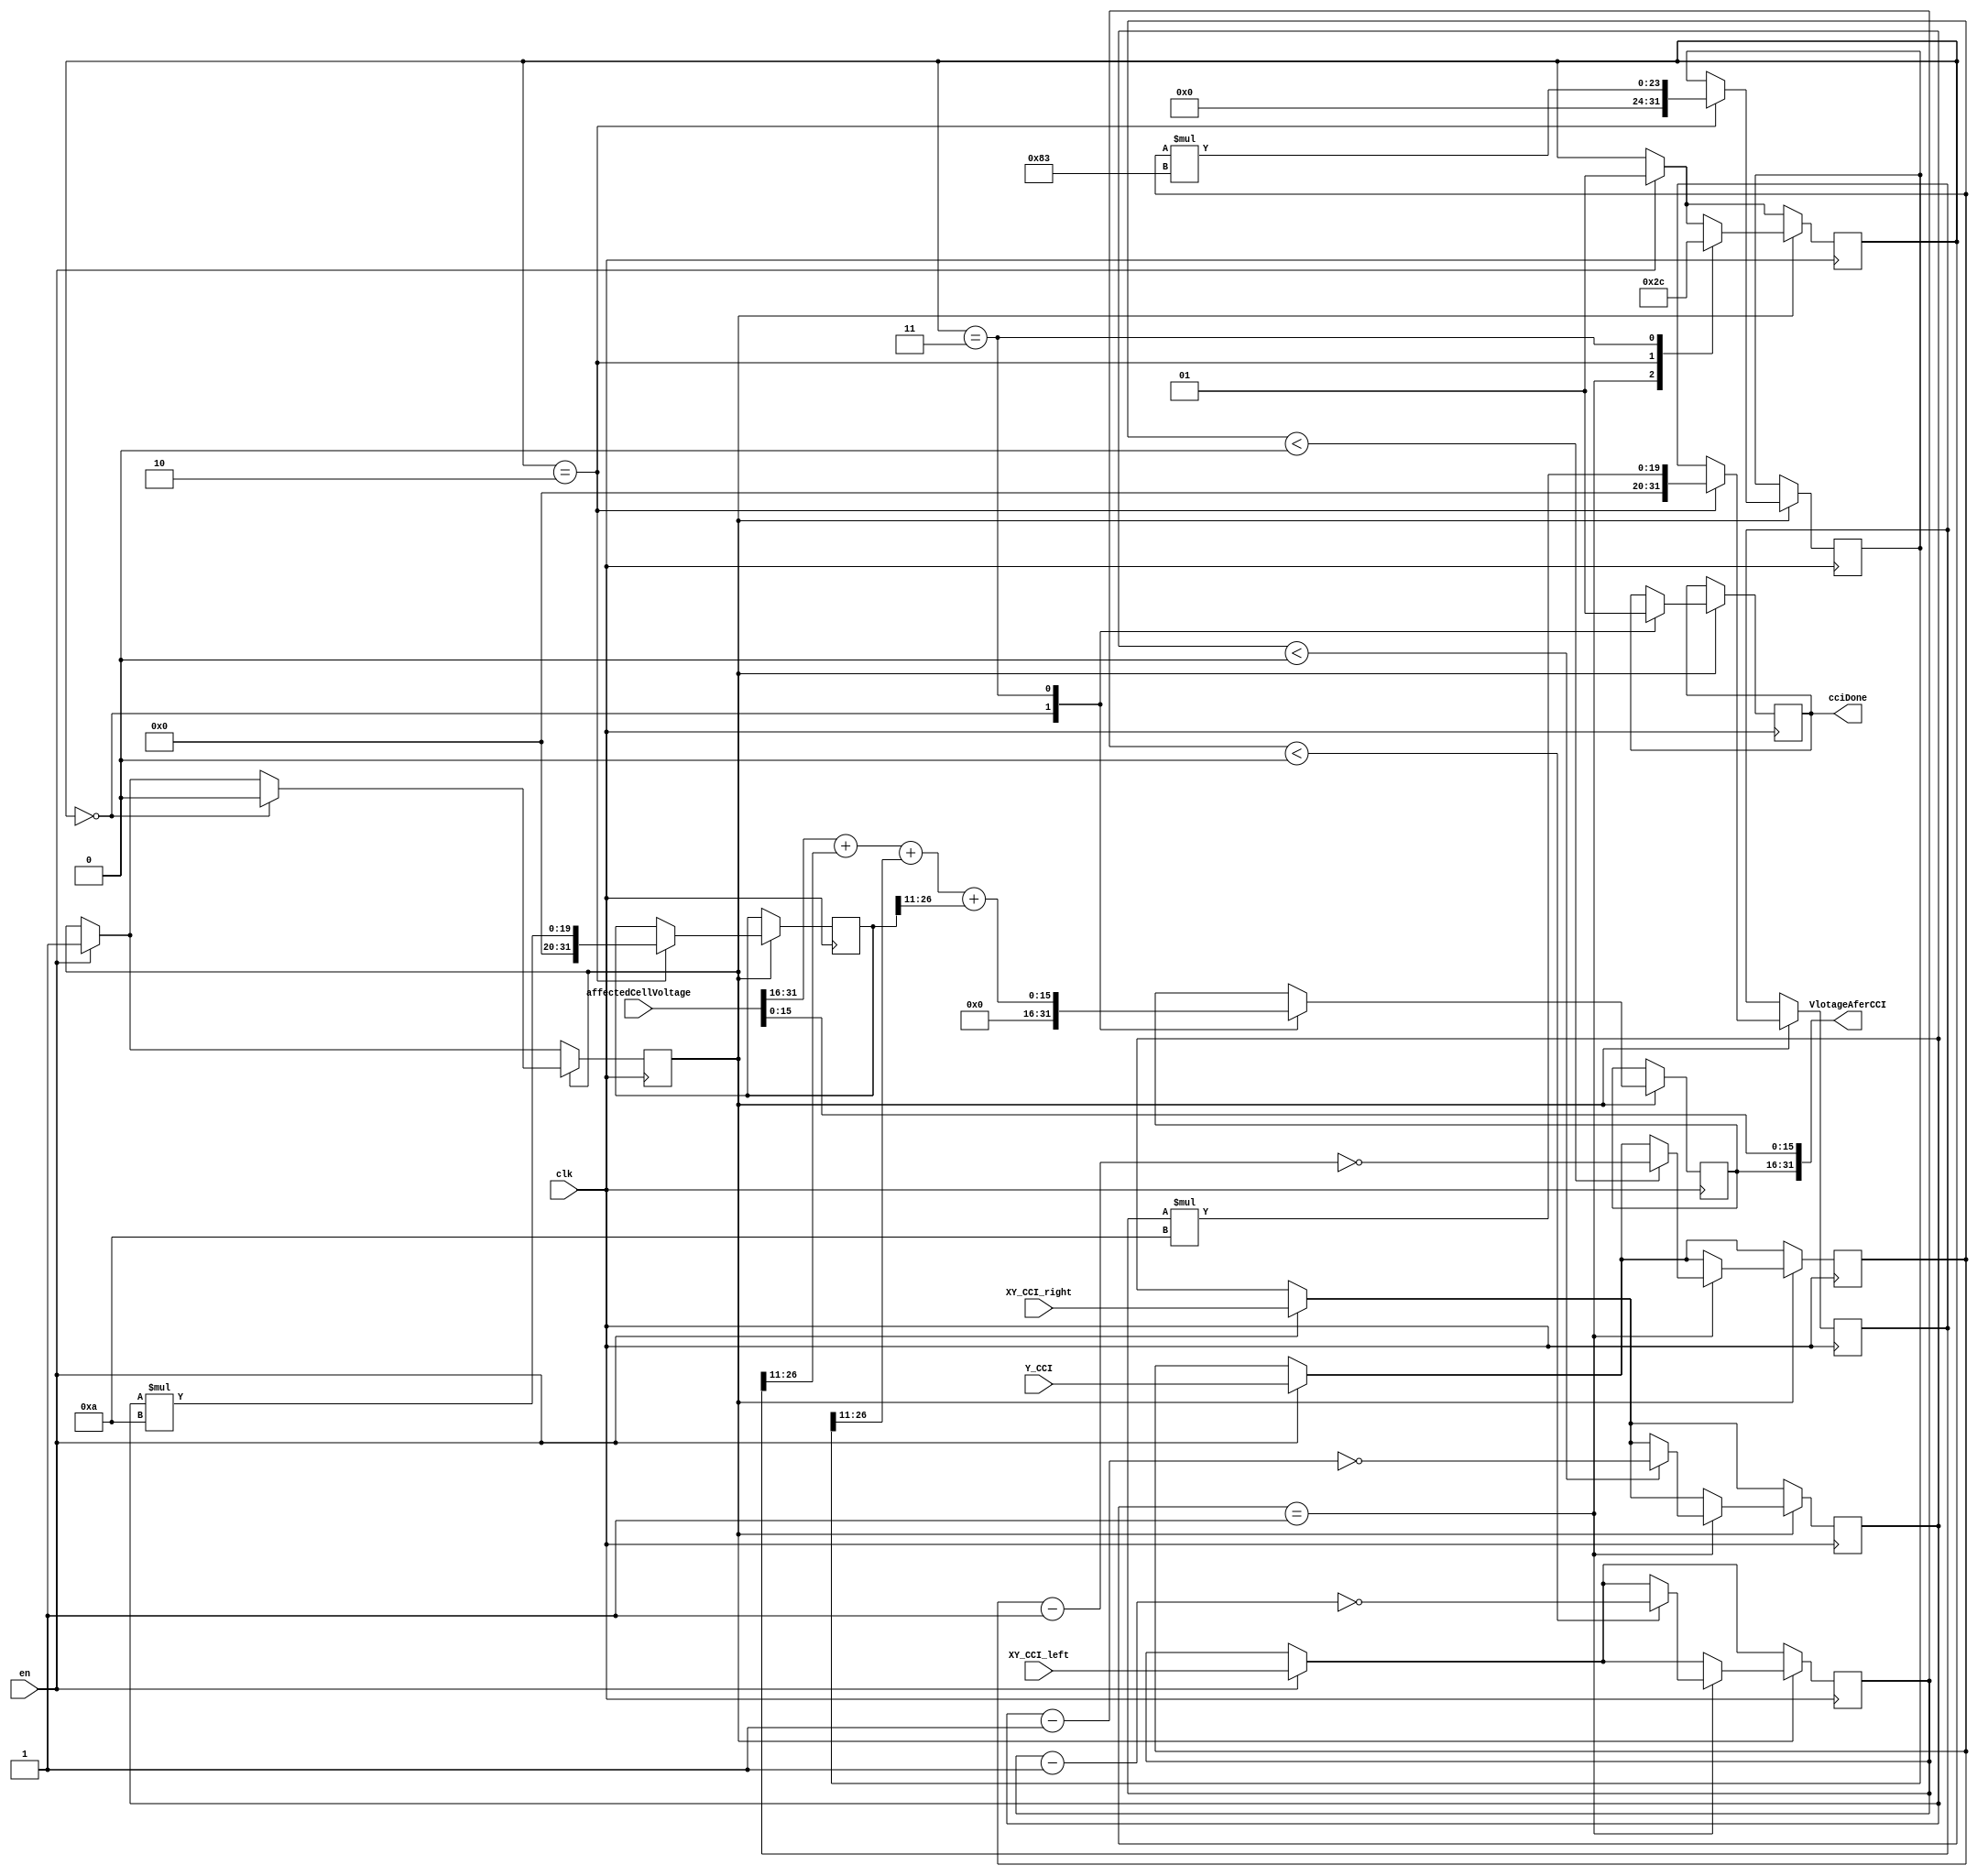
`timescale 1ns / 1ps
//////////////////////////////////////////////////////////////////////////////////
// Company: 
// Engineer: 
// 
// Design Name: 
// Module Name:    CCI_distortion 
// Project Name:   NVMChannelModel
// Target Devices: 
// Tool versions: 
// Description:   ** input **
//						1. 32bits target cell voltage
//                2. All bit line structure, every cell affected by 3 direction interference mainly( vertical x1 and diagonal x2 )
//						3. The XY_CCI_left, XY_CCI_right, Y_CCI are the delta voltage from diagonal and vertical direction of the interfering cell
//                ** output **
//                1. Vlotage after cell-to-cell interference 
//						2. 32bits Output includes 16bits voltage and 16bits origin voltage before cci.
//						3. cciDone is a flag message.  
// Dependencies: 
//
// Revision: 
// Revision 0.01 - File Created
// Additional Comments: 
//
//////////////////////////////////////////////////////////////////////////////////
module CCI_distortion(
    input 				clk,
    input 				en,
    input 	[31:0]	affectedCellVoltage,
	 
    input 	[15:0]	XY_CCI_left,
    input 	[15:0]	Y_CCI,
    input 	[15:0]	XY_CCI_right,
	 
    output 	[31:0]	VlotageAferCCI,
	 output  			cciDone
    );
	 
	 
	 parameter sigmaY = 15'd131	;			// 0.064  * (2^11) = 131.072
	 parameter sigmaXY = 15'd10	;			//	0.0048 * (2^11) = 9.8304
	 
	 reg									startCCI=0;
	 reg		signed		[15:0]	absDeltaValueXY1;
	 reg		signed		[15:0]	absDeltaValueY;
	 reg		signed		[15:0]	absDeltaValueXY2;
	 reg						[31:0]	V_tmp1;
	 reg						[31:0]	V_tmp2;
	 reg						[31:0]	V_tmp3;
	 reg						[1:0]		state;
	 
	 reg						[15:0]   VlotageAferCCI_tmp;	
	 reg									cciDoneFlag;
		
	
	always @( posedge clk )
	begin
		if(en)
		begin
			startCCI 			<= 1'b1;
			absDeltaValueXY1 	<= XY_CCI_left;
			absDeltaValueY 	<= Y_CCI;
			absDeltaValueXY2	<=	XY_CCI_right;
			state					<= 2'd1;
		end

		if(startCCI==1'b1)
		begin
			case (state)
				2'd0:
						begin
							cciDoneFlag <= 1'b0;	
							VlotageAferCCI_tmp <= 32'd0;
							startCCI <=1'b0;
						end
				2'd1:
						begin
							if( absDeltaValueXY1 < 0	)                       	//deal with negative DeltaValueXY1
								absDeltaValueXY1 <= ~(absDeltaValueXY1 - 16'd1);   //complement transform
								
							if( absDeltaValueY <  0	)
								absDeltaValueY <= ~(absDeltaValueY - 16'd1);
								
							if( absDeltaValueXY2 <  0	)
								absDeltaValueXY2 <= ~(absDeltaValueXY2 - 16'd1)	;
							
							state	<= 2'd2;				
						end
				2'd2:
						begin
							V_tmp1 <= absDeltaValueXY1 * sigmaXY;
							V_tmp2 <= absDeltaValueY   * sigmaY;
							V_tmp3 <= absDeltaValueXY2 * sigmaXY;
							state	 <= 2'd3;
						end
				2'd3:
						begin
							VlotageAferCCI_tmp <= affectedCellVoltage[31:16] + V_tmp1[26:11] +V_tmp2[26:11] + V_tmp3[26:11];
							cciDoneFlag <= 1'b1;	
							state	<= 2'd0;
						end
				default:	
					VlotageAferCCI_tmp <= 16'd0;
			endcase 
		end		// end if(startCCI==1'b1)
	end			// end always
	
	
	assign VlotageAferCCI = { {VlotageAferCCI_tmp},{affectedCellVoltage[15:0]} };
	assign cciDone  		 =	cciDoneFlag;

endmodule